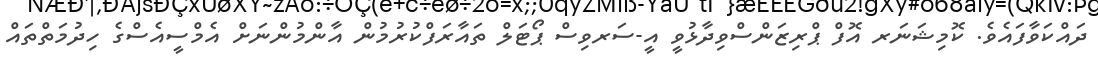
ދައްކަވާފައެވެ. ކޮމިޝަނަރ އޮފް ޕްރިޒަންސްވިދާޅުވީ އީ-ސަރވިސް ޕޯޓަލް ތައާރަފްކުރުމުން އާންމުންނަށް އެމްސީއެސްގެ ހިދުމަތްތައް